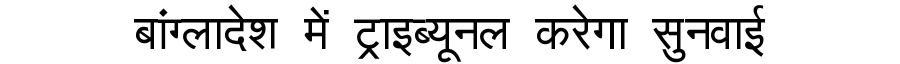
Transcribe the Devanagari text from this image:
बांग्लादेश में ट्राइब्यूनल करेगा सुनवाई